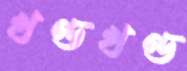
খণ্ডখণ্ড